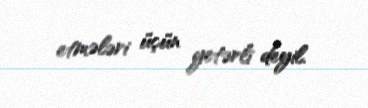
etmələri üçün yetərli deyil.